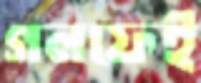
গলফেই